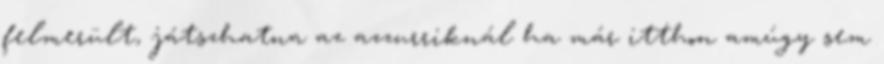
felmerült, játszhatna az azzurriknál ha már itthon amúgy sem